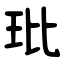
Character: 玭